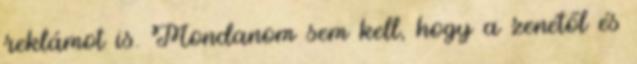
reklámot is. Mondanom sem kell, hogy a zenétől és